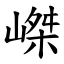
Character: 嵥